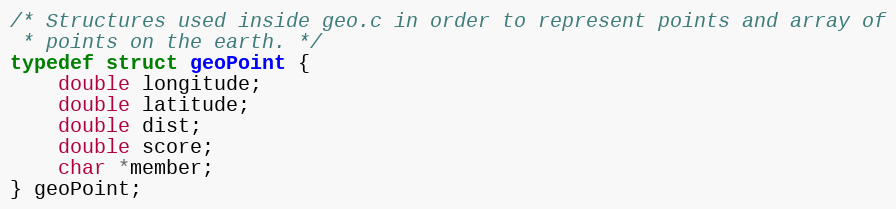
Language: C
/* Structures used inside geo.c in order to represent points and array of
 * points on the earth. */
typedef struct geoPoint {
    double longitude;
    double latitude;
    double dist;
    double score;
    char *member;
} geoPoint;